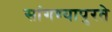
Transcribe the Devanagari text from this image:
सांगण्यापुरते